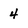
Character: 4